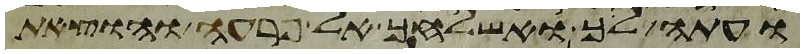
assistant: ועתה לך ואשלחך אל פרעה והוצאת